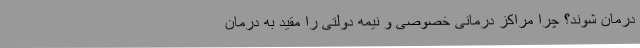
درمان شوند؟ چرا مراکز درمانی خصوصی و نیمه دولتی را مقید به درمان